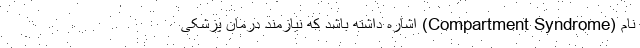
نام (Compartment Syndrome) اشاره داشته باشد که نیازمند درمان پزشکی